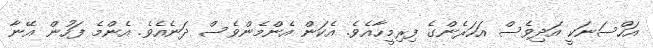
އަހްސަނަކީ އަދިވެސް އަހަރެންގެ ފިރިމީހާއެވެ. އެކަން އެންމެންވެސް ދަނެއެވެ. އެންމެ ފަހުން އޭނާ